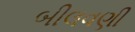
બીલવણી